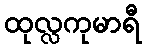
ထုလ္လကုမာရီ